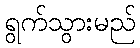
ရွက်သွားမည်